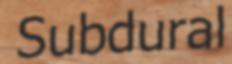
Subdural